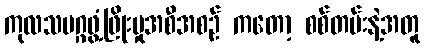
ကုလသမဂ္ဂဖွံ့ဖြိုးမှုအစီအစဉ် ကတော့ စစ်တမ်းနဲ့အတူ